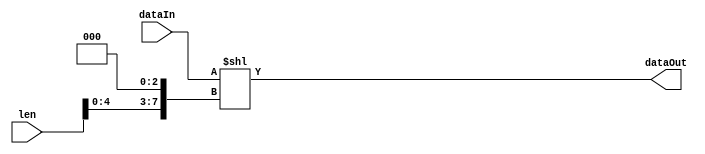
module Shifter #(
	parameter 														DATA_WIDTH 	= 32,
	parameter 														LEN_WIDTH		= 8
)
(
	input 		[DATA_WIDTH     - 1 : 0]		dataIn,
	input 		[LEN_WIDTH      - 1 : 0]		len,
	output 		[DATA_WIDTH * 2 - 1 : 0]		dataOut
);
	assign 		dataOut		= dataIn << (len << 3);
endmodule